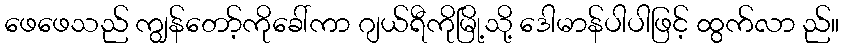
ဖေဖေသည် ကျွန်တော့်ကိုခေါ်ကာ ဂျယ်ရီကိုမြို့သို့ ဒေါမာန်ပါပါဖြင့် ထွက်လာ ည်။